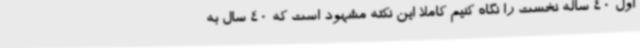
اول 40 ساله نخست را نگاه کنیم کاملا این نکته مشهود است که 40 سال به